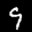
Label: 9